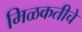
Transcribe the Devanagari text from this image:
मिळकतीचे